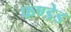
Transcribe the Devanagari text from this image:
फण्डेड